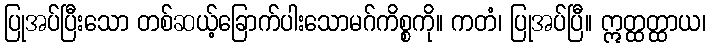
ပြုအပ်ပြီးသော တစ်ဆယ့်ခြောက်ပါးသောမဂ်ကိစ္စကို။ ကတံ၊ ပြုအပ်ပြီ။ ဣတ္ထတ္ထာယ၊